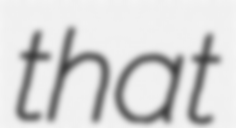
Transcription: that